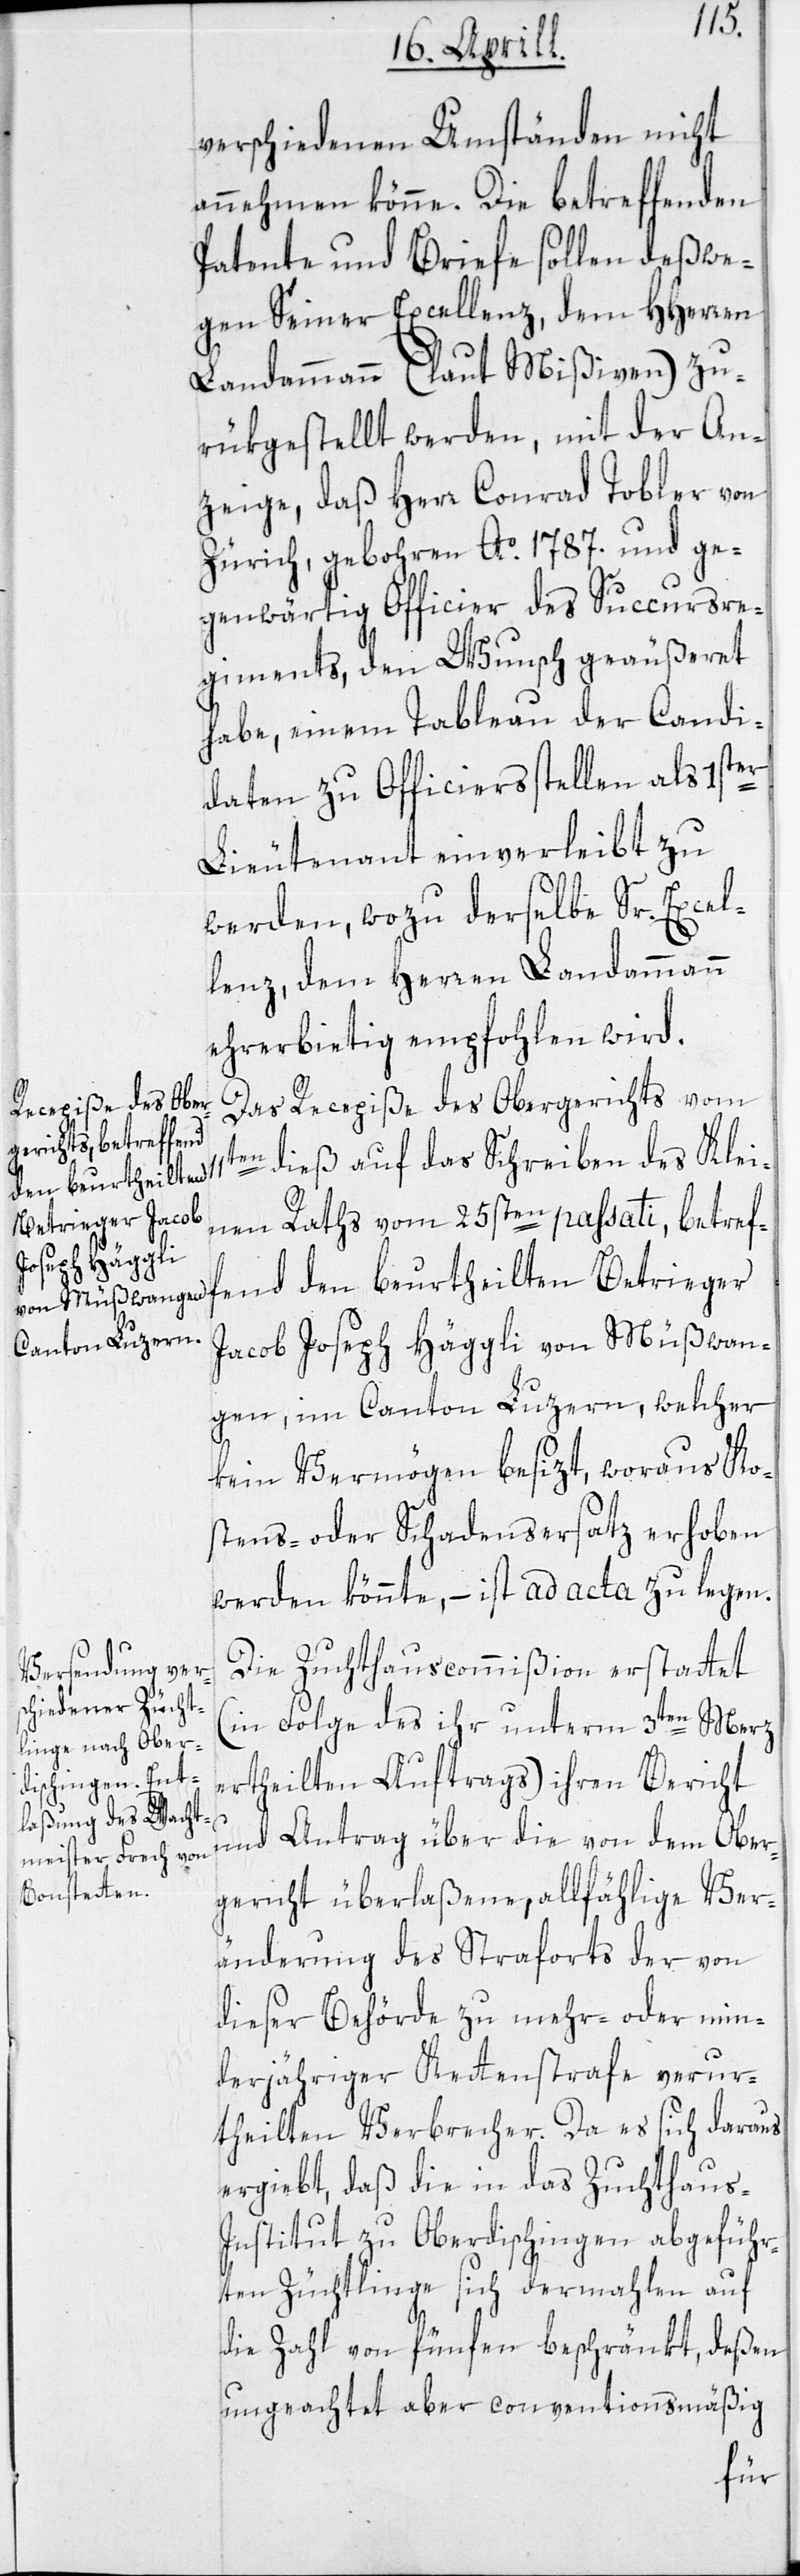
11t¬
verschiedenen Umständen nicht
annehmen könne. Die betreffenden
Patente und Briefe sollen deßwe¬
gen Seiner Excellenz, dem HHerren
Landammann (laut Mißiven) zu¬
rükgestellt werden, mit der An¬
zeige, daß Herr Conrad Tobler von
Zürich, gebohren Ao 1787. und ge¬
genwärtig Officier des Succursre¬
giments, den Wunsch geäußeret
habe, einem Tableau der Candi¬
daten zu Officiersstellen als 1ster
Lieutenant einverleibt zu
werden, wozu derselbe Sr. Excel¬
lenz, dem Herren Landammann
ehrerbietig empfohlen wird.
Das Recepiße des Obergerichts vom
en dieß auf das Schreiben des Klei¬
nen Raths vom 25sten passati, betref¬
fend den beurtheilten Betrieger
Jacob Joseph Häggli von Müßwan¬
gen, im Canton Luzern, welcher
kein Vermögen besizt, woraus Ko¬
stens- oder Schadensersatz erhoben
werden könnte, – ist ad acta zu legen.
Die Zuchthauscommißion erstattet
(in Folge des ihr unterm 3ten Merz
ertheilten Auftrags) ihren Bericht
und Antrag über die von dem Ober¬
gericht überlaßene, allfählige Ver¬
änderung des Straforts der von
dieser Behörde zu mehr- oder min¬
derjähriger Kettenstrafe verur¬
theilten Verbrecher. Da es sich daraus
ergiebt, daß die in das Zuchthaus-I¬
nstitut zu Oberdischingen abgeführ¬
ten Züchtlinge sich dermahlen auf
die Zahl von fünfen beschränkt, deßen
ungeachtet aber conventionsmäßig